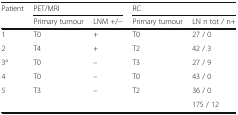
| <ROWSPAN=2> Patient | <COLSPAN=2> PET/MRI | <COLSPAN=2> RC |
 | Primary tumour | LNM +/− | Primary tumour | LN n tot / n+ |
 | --- | --- | --- | --- | --- |
 | 1 | T0 | + | T0 | 27 / 0 |
 | 2 | T4 | + | T2 | 42 / 3 |
 | 3a | T0 | – | T3 | 27 / 9 |
 | 4 | T0 | – | T0 | 43 / 0 |
 | 5 | T3 | – | T2 | 36 / 0 |
 |  |  |  |  | 175 / 12 |